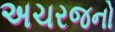
અચરજનો